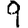
Digit: 9